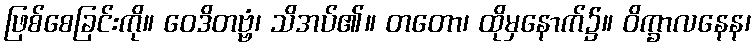
ဖြစ်စေခြင်းကို။ ဝေဒိတဗ္ဗံ၊ သိအပ်၏။ တတော၊ ထိုမှနောက်၌။ ဝိက္ခာလနေန၊